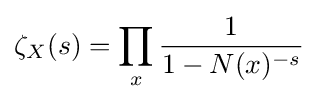
{\zeta _{X}(s)}=\prod _{x}{\frac {1}{1-N(x)^{-s}}}